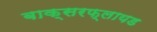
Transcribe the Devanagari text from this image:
बाक्सरफ्लायड